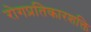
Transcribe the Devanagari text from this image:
रोगप्रतिकारशक्ति